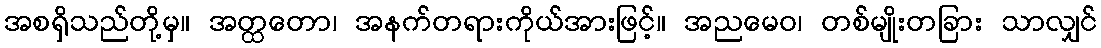
အစရှိသည်တို့မှ။ အတ္ထတော၊ အနက်တရားကိုယ်အားဖြင့်။ အညမေဝ၊ တစ်မျိုးတခြား သာလျှင်